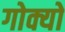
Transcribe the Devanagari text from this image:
गोक्यो